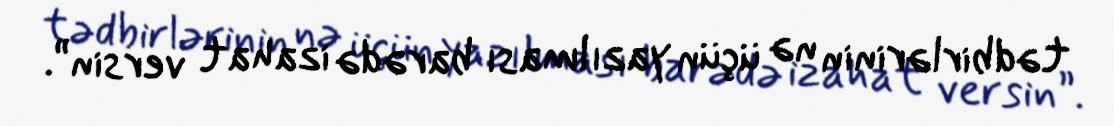
tədbirlərinin nə üçün yazılması barədə izahat versin”.